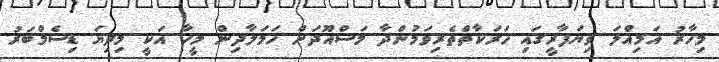
މިހާރު އަމިއްލަ ވިޔަފާރީގައި ހަރަކާތްތެރިވަމުންދާ މަސްއޫދަށް ހަމަލާދިން މީހާ އަކީ މިދިޔަ ޑިސެމްބަރު